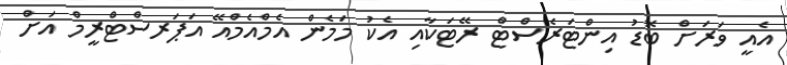
އެއީ ވަރަށް ބޮޑު އިންޓަރެސްޓް ރޭޓަކާއި އެކު މަމެން އެމްއެމްއޭ އަޕަރސްޓްރީމް އަށް